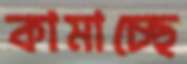
কামাচ্ছে